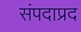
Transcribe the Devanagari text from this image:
संपदाप्रद